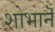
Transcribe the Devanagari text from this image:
शोभानॆ